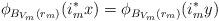
LaTeX: \begin{align*}\phi_{B_{V_m}(r_m) }(i^*_{m} x ) = \phi_{B_{V_m}(r_m) }(i^*_{m} y )\end{align*}